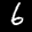
Label: 6